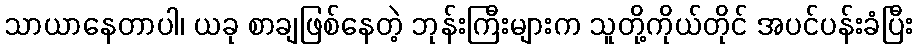
သာယာနေတာပါ၊ ယခု စာချဖြစ်နေတဲ့ ဘုန်းကြီးများက သူတို့ကိုယ်တိုင် အပင်ပန်းခံပြီး